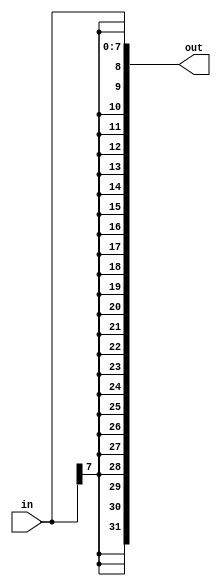
// Question 18. Replication Operator/ Vector4 - https://hdlbits.01xz.net/wiki/Vector4

module top_module (
	input [7:0] in,
	output [31:0] out
);

	// Concatenate two things together:
	// 1: {in[7]} repeated 24 times (24 bits)
	// 2: in[7:0] (8 bits)
	assign out = { {24{in[7]}}, in };
	
endmodule